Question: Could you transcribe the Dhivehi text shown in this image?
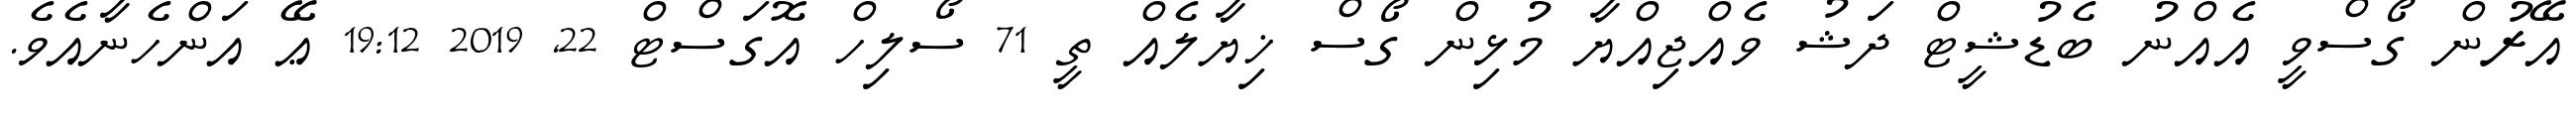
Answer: އޭރުން ގޯސްވީ އެއްނު ބެޑުޝީޓް ދަޝު ވެއްޖިއްޔާ މުޅިން ގޯސް ޚިޔާލެއް ތީ 71 ސޯލިހް އޮގަސްޓް 22, 2019 19:12 ޢޭ އަންހެނާއެވެ.